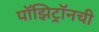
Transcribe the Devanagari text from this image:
पॉझिट्रॉनची